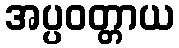
အပ္ပဝတ္တာယ